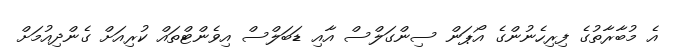
އެ މުބާރާތުގެ ފިރިހެނުންގެ އޯޕަން ސިންގަލްސް އާއި ޑަބަލްސް އިވެންޓްތައް ކުރިއަށް ގެންދިއުމަށް